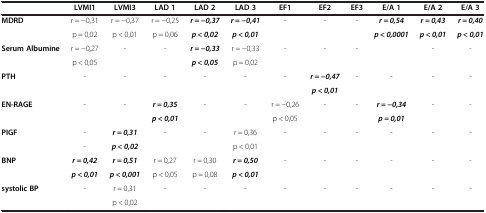
<table><thead><tr><td><b> </b></td><td><b>LVMI1</b></td><td><b>LVMI3</b></td><td><b>LAD 1</b></td><td><b>LAD 2</b></td><td><b>LAD 3</b></td><td><b>EF1</b></td><td><b>EF2</b></td><td><b>EF3</b></td><td><b>E/A 1</b></td><td><b>E/A 2</b></td><td><b>E/A 3</b></td></tr></thead><tbody><tr><td><b>MDRD</b></td><td>r = −0,31</td><td>r = −0,37</td><td>r = −0,25</td><td><b><i>r = −0,37</i></b></td><td><b><i>r = −0,41</i></b></td><td>-</td><td>-</td><td>-</td><td><b><i>r = 0,54</i></b></td><td><b><i>r = 0,43</i></b></td><td><b><i>r = 0,40</i></b></td></tr><tr><td> </td><td>p = 0,02</td><td>p &lt; 0,01</td><td>p = 0,06</td><td><b><i>p &lt; 0,02</i></b></td><td><b><i>p &lt; 0,01</i></b></td><td> </td><td> </td><td> </td><td><b><i>p &lt; 0,0001</i></b></td><td><b><i>p &lt; 0,01</i></b></td><td><b><i>p &lt; 0,01</i></b></td></tr><tr><td><b>Serum Albumine</b></td><td>r = −0,27</td><td>-</td><td>-</td><td><b><i>r = −0,33</i></b></td><td>r = −0,33</td><td>-</td><td>-</td><td>-</td><td> </td><td>-</td><td>-</td></tr><tr><td> </td><td>p &lt; 0,05</td><td> </td><td> </td><td><b><i>p &lt; 0,05</i></b></td><td>p = 0,02</td><td> </td><td> </td><td> </td><td> </td><td> </td><td> </td></tr><tr><td><b>PTH</b></td><td>-</td><td>-</td><td>-</td><td>-</td><td>-</td><td>-</td><td><b><i>r = −0,47</i></b></td><td>-</td><td>-</td><td>-</td><td>-</td></tr><tr><td> </td><td> </td><td> </td><td> </td><td> </td><td> </td><td> </td><td><b><i>p &lt; 0,01</i></b></td><td> </td><td> </td><td> </td><td> </td></tr><tr><td><b>EN-RAGE</b></td><td>-</td><td>-</td><td><b><i>r = 0,35</i></b></td><td>-</td><td>-</td><td>r = −0,26</td><td>-</td><td>-</td><td><b><i>r = −0,34</i></b></td><td>-</td><td>-</td></tr><tr><td> </td><td> </td><td> </td><td><b><i>p &lt; 0,01</i></b></td><td> </td><td> </td><td>p &lt; 0,05</td><td> </td><td> </td><td><b><i>p = 0,01</i></b></td><td> </td><td> </td></tr><tr><td><b>PIGF</b></td><td>-</td><td><b><i>r = 0,31</i></b></td><td>-</td><td>-</td><td>r = 0,36</td><td>-</td><td>-</td><td>-</td><td>-</td><td>-</td><td>-</td></tr><tr><td> </td><td>-</td><td><b><i>p &lt; 0,02</i></b></td><td> </td><td> </td><td>p &lt; 0,01</td><td> </td><td> </td><td> </td><td> </td><td> </td><td> </td></tr><tr><td><b>BNP</b></td><td><b><i>r = 0,42</i></b></td><td><b><i>r = 0,51</i></b></td><td>r = 0,27</td><td>r = 0,30</td><td><b><i>r = 0,50</i></b></td><td>-</td><td>-</td><td>-</td><td>-</td><td>-</td><td>-</td></tr><tr><td> </td><td><b><i>p &lt; 0,01</i></b></td><td><b><i>p &lt; 0,001</i></b></td><td>p &lt; 0,05</td><td>p = 0,08</td><td><b><i>p &lt; 0,01</i></b></td><td> </td><td> </td><td> </td><td> </td><td> </td><td> </td></tr><tr><td><b>systolic BP</b></td><td>-</td><td>r = 0,31</td><td>-</td><td>-</td><td>-</td><td>-</td><td>-</td><td>-</td><td>-</td><td>-</td><td>-</td></tr><tr><td> </td><td> </td><td>p &lt; 0,02</td><td> </td><td> </td><td> </td><td> </td><td> </td><td> </td><td> </td><td> </td><td> </td></tr></tbody></table>